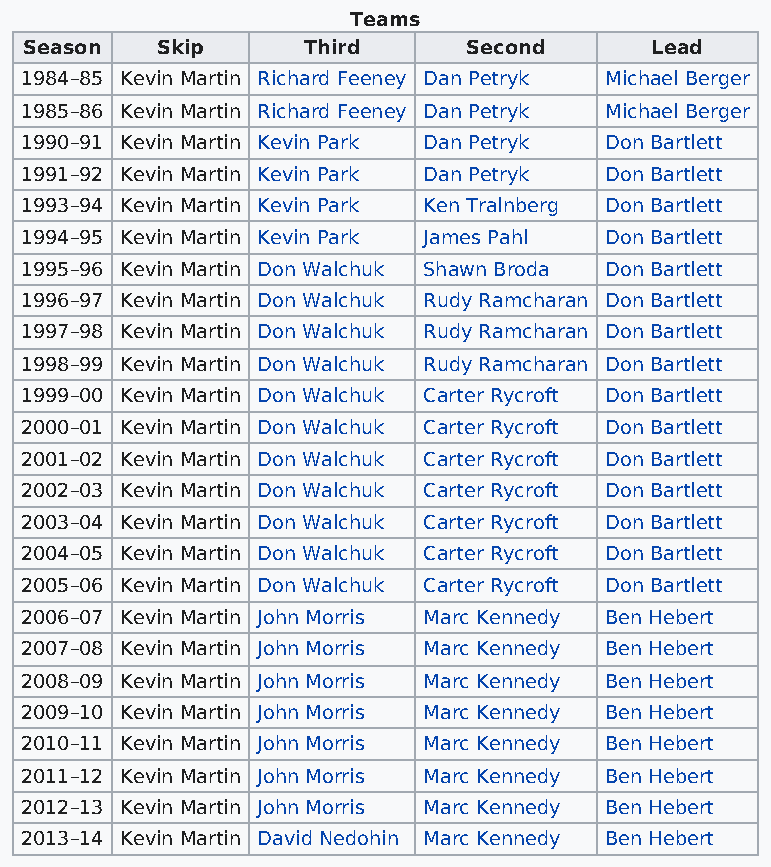
Teams
 Season  Skip      Third      Second      Lead
 1984–85 Kevin Martin Richard Feeney Dan Petryk Michael Berger
 1985–86 Kevin Martin Richard Feeney Dan Petryk Michael Berger
 1990–91 Kevin Martin Kevin Park Dan Petryk Don Bartlett
 1991–92 Kevin Martin Kevin Park Dan Petryk Don Bartlett
 1993–94 Kevin Martin Kevin Park Ken Tralnberg Don Bartlett
 1994–95 Kevin Martin Kevin Park James Pahl Don Bartlett
 1995–96 Kevin Martin Don Walchuk Shawn Broda Don Bartlett
 1996–97 Kevin Martin Don Walchuk Rudy Ramcharan Don Bartlett
 1997–98 Kevin Martin Don Walchuk Rudy Ramcharan Don Bartlett
 1998–99 Kevin Martin Don Walchuk Rudy Ramcharan Don Bartlett
 1999–00 Kevin Martin Don Walchuk Carter Rycroft Don Bartlett
 2000–01 Kevin Martin Don Walchuk Carter Rycroft Don Bartlett
 2001–02 Kevin Martin Don Walchuk Carter Rycroft Don Bartlett
 2002–03 Kevin Martin Don Walchuk Carter Rycroft Don Bartlett
 2003–04 Kevin Martin Don Walchuk Carter Rycroft Don Bartlett
 2004–05 Kevin Martin Don Walchuk Carter Rycroft Don Bartlett
 2005–06 Kevin Martin Don Walchuk Carter Rycroft Don Bartlett
 2006–07 Kevin Martin John Morris Marc Kennedy Ben Hebert
 2007–08 Kevin Martin John Morris Marc Kennedy Ben Hebert
 2008–09 Kevin Martin John Morris Marc Kennedy Ben Hebert
 2009–10 Kevin Martin John Morris Marc Kennedy Ben Hebert
 2010–11 Kevin Martin John Morris Marc Kennedy Ben Hebert
 2011–12 Kevin Martin John Morris Marc Kennedy Ben Hebert
 2012–13 Kevin Martin John Morris Marc Kennedy Ben Hebert
 2013–14 Kevin Martin David Nedohin Marc Kennedy Ben Hebert